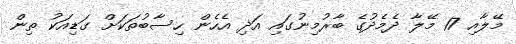
މޭލާއި 17 މޭލާ ދެމެދުގެ ބާރުމިނުގައި އަދި އެހެން ހިސާބުތަކަށް ގަޑިއަކު ތިން